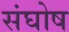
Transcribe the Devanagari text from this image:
संघोष